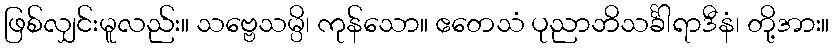
ဖြစ်လျှင်းမူလည်း။ သဗ္ဗေသမ္ပိ၊ ကုန်သော။ ဧတေသံ ပုညာဘိသင်္ခါရာဒီနံ၊ တို့အား။